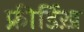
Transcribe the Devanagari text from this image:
फ्रीर्डिख़